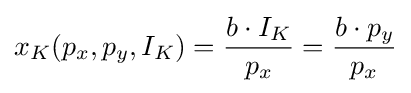
x_{K}(p_{x},p_{y},I_{K})={\frac {b\cdot I_{K}}{p_{x}}}={\frac {b\cdot p_{y}}{p_{x}}}